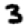
Digit: 3